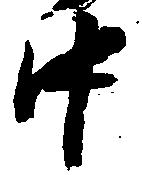
中